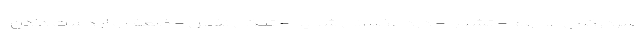
سردرگمی مداوم - تشنج - درد عضلانی شدید - تنگی نفس - ضعف و از دست دادن